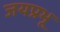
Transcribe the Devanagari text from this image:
जयप्रभू